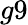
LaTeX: g9